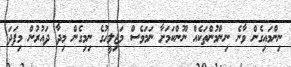
ނިންމައިގެން ވާނެ ނިންމުންތަކެއް ނޫންކަމަށާ ނަމަވެސް މަޖިލީހުގެ ނިމިގެން މިދާ ދައުރުން މިފަދަ